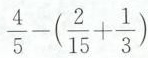
$$\frac { 4 } { 5 } - ( \frac { 2 } { 1 5 } + \frac { 1 } { 3 } )$$